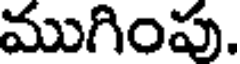
ముగింపు.